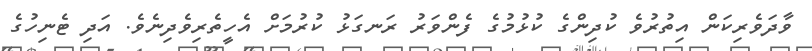
ވާދަވެރިކަން އިތުރުވެ ކުދިންގެ ކުޅުމުގެ ފެންވަރު ރަނގަޅު ކުރުމަށް އެހީތެރިވެދިނެވެ. އަދި ޓެނިހުގެ